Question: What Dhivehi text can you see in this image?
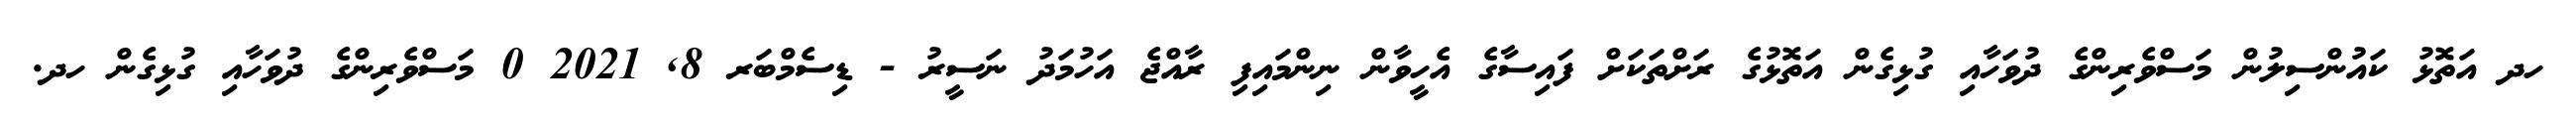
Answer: ހދ އަތޮޅު ކައުންސިލުން މަސްވެރިންގެ ދުވަހާއި ގުޅިގެން އަތޮޅުގެ ރަށްތަކަށް ފައިސާގެ އެހީވާން ނިންމައިފި ރާއްޖެ އަހުމަދު ނަސީރު - ޑިސެމްބަރ 8, 2021 0 މަސްވެރިންގެ ދުވަހާއި ގުޅިގެން ހދ.